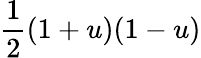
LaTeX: {\frac{1}{2}}(1+u)(1-u)